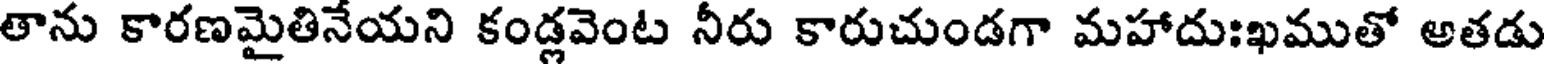
తాను కారణమైతినేయని కండ్లవెంట నీరు కారుచుండగా మహాదుఃఖముతో అతడు